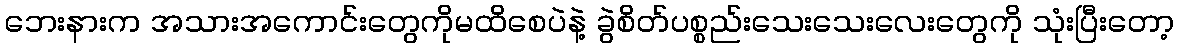
ဘေးနားက အသားအကောင်းတွေကိုမထိစေပဲနဲ့ ခွဲစိတ်ပစ္စည်းသေးသေးလေးတွေကို သုံးပြီးတော့